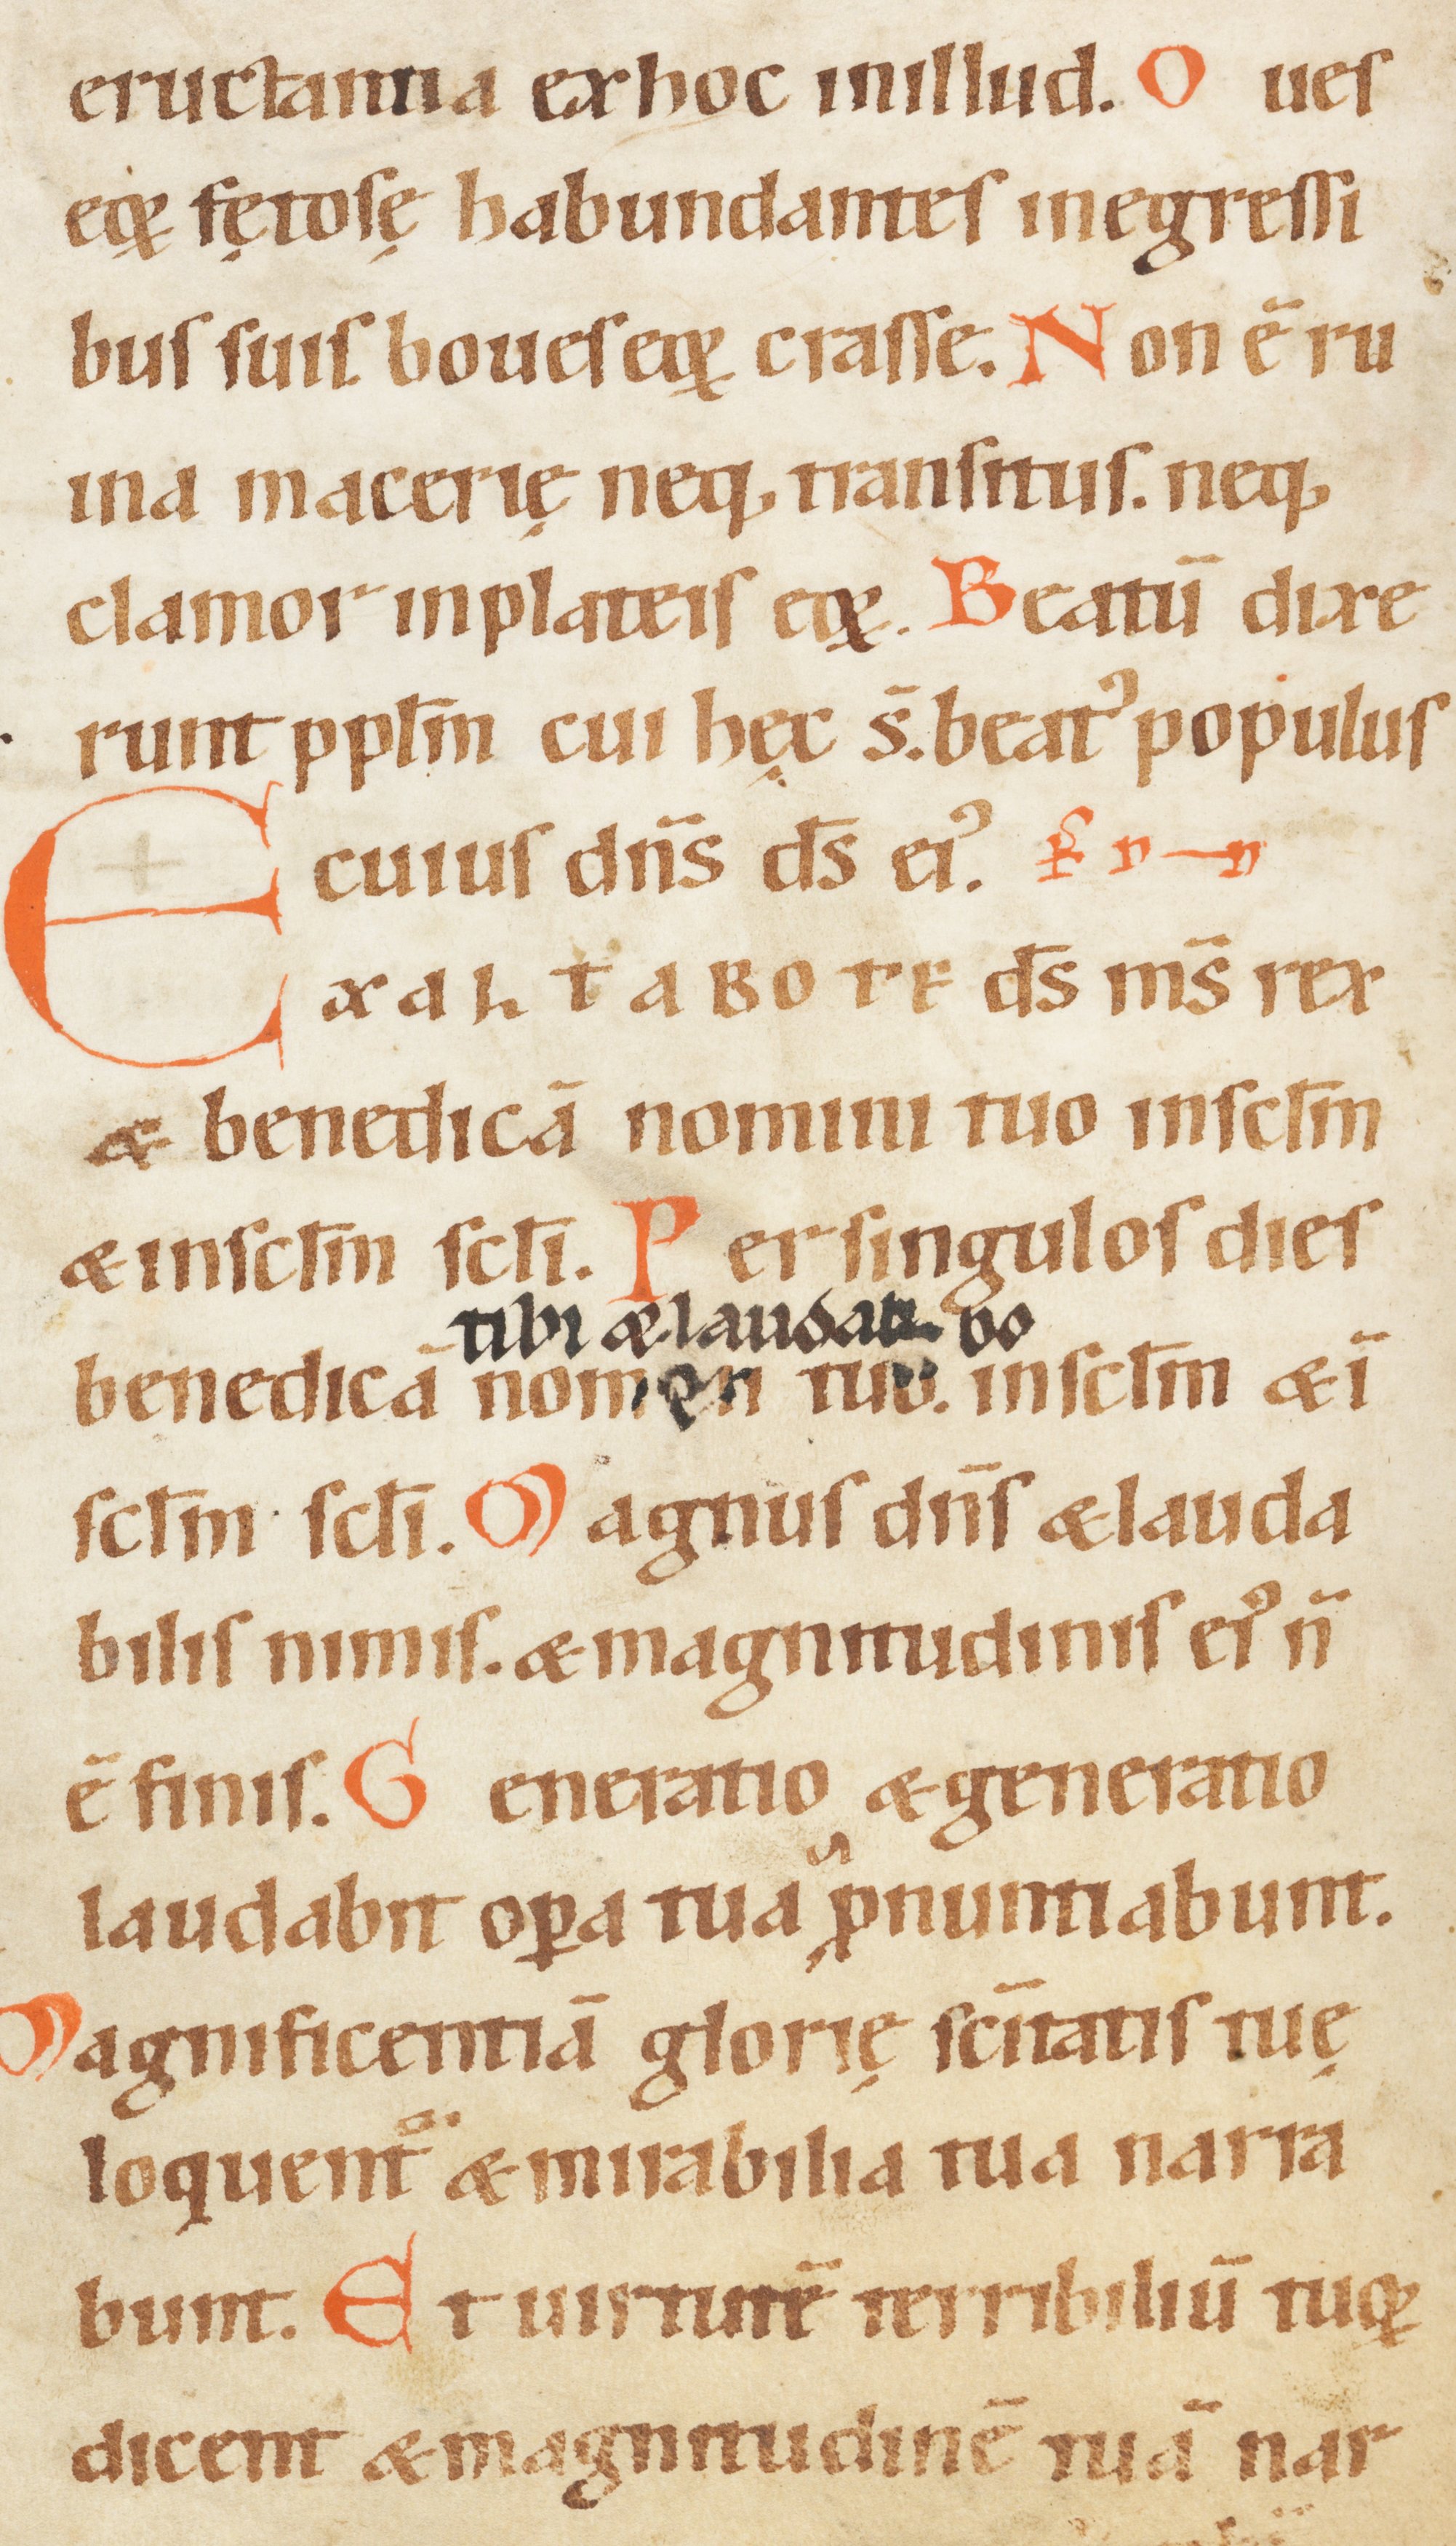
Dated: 1100–1199